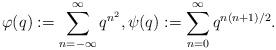
LaTeX: \begin{align*}\varphi(q):=\sum_{n=-\infty}^\infty q^{n^2},\psi(q):=\sum_{n=0}^\infty q^{n(n+1)/2}.\end{align*}